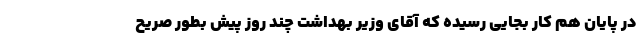
در پایان هم کار بجایی رسیده که آقای وزیر بهداشت چند روز پیش بطور صریح